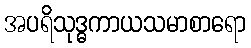
အပရိသုဒ္ဓကာယသမာစာရော